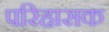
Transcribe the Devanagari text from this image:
परिहासक